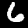
Label: 6